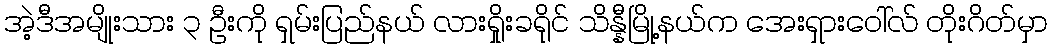
အဲ့ဒီအမျိုးသား ၃ ဦးကို ရှမ်းပြည်နယ် လားရှိုးခရိုင် သိန္နီမြို့နယ်က အေးရှားဝေါ်လ် တိုးဂိတ်မှာ